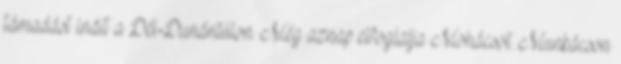
támadást indít a Dél-Dunántúlon. Még aznap elfoglalja Mohácsot. Munkácson